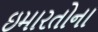
ઇમારતોના